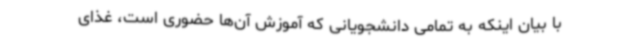
با بیان اینکه به تمامی دانشجویانی که آموزش آن‌ها حضوری است، غذای